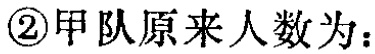
\textcircled{2}甲队原来人数为：